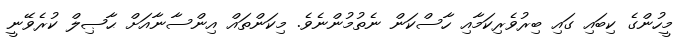
މީހުންގެ ކިބައި ގައި ބިރުވެރިކަމާއި ހާސްކަން ނެތުމުންނެވެ. މިކަންތައް އިންސާނާއަށް ޙާޞިލް ކުރެވޭނީ